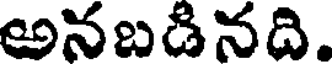
అనబడినది.